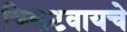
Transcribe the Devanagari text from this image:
चिकटवायचे